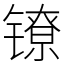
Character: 镣